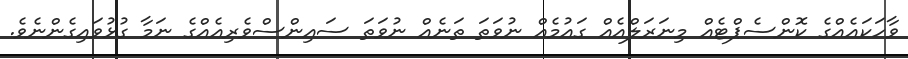
ވާހަކައެއްގެ ކޮންސެޕްޓެއް މިނަރަލްއެއް ގައުމެއް ނުވަތަ ތަނެއް ނުވަތަ ސައިންސްވެރިއެއްގެ ނަމާ ގުޅުވައިގެންނެވެ.